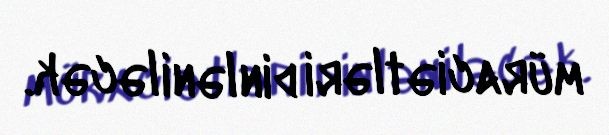
müraciətləri dinləniləcək.